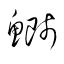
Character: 鰤